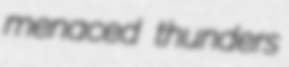
menaced thunders